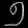
Digit: ၅